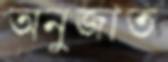
অনুজাত